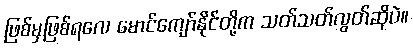
ဖြစ်မှဖြစ်ရလေ မောင်ကျော်နိုင်တို့က သတ်သတ်လွတ်ဆိုပဲ။